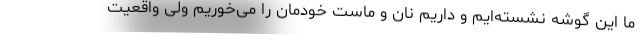
ما این گوشه نشسته‌ایم و داریم نان و ماست خودمان را می‌خوریم ولی واقعیت